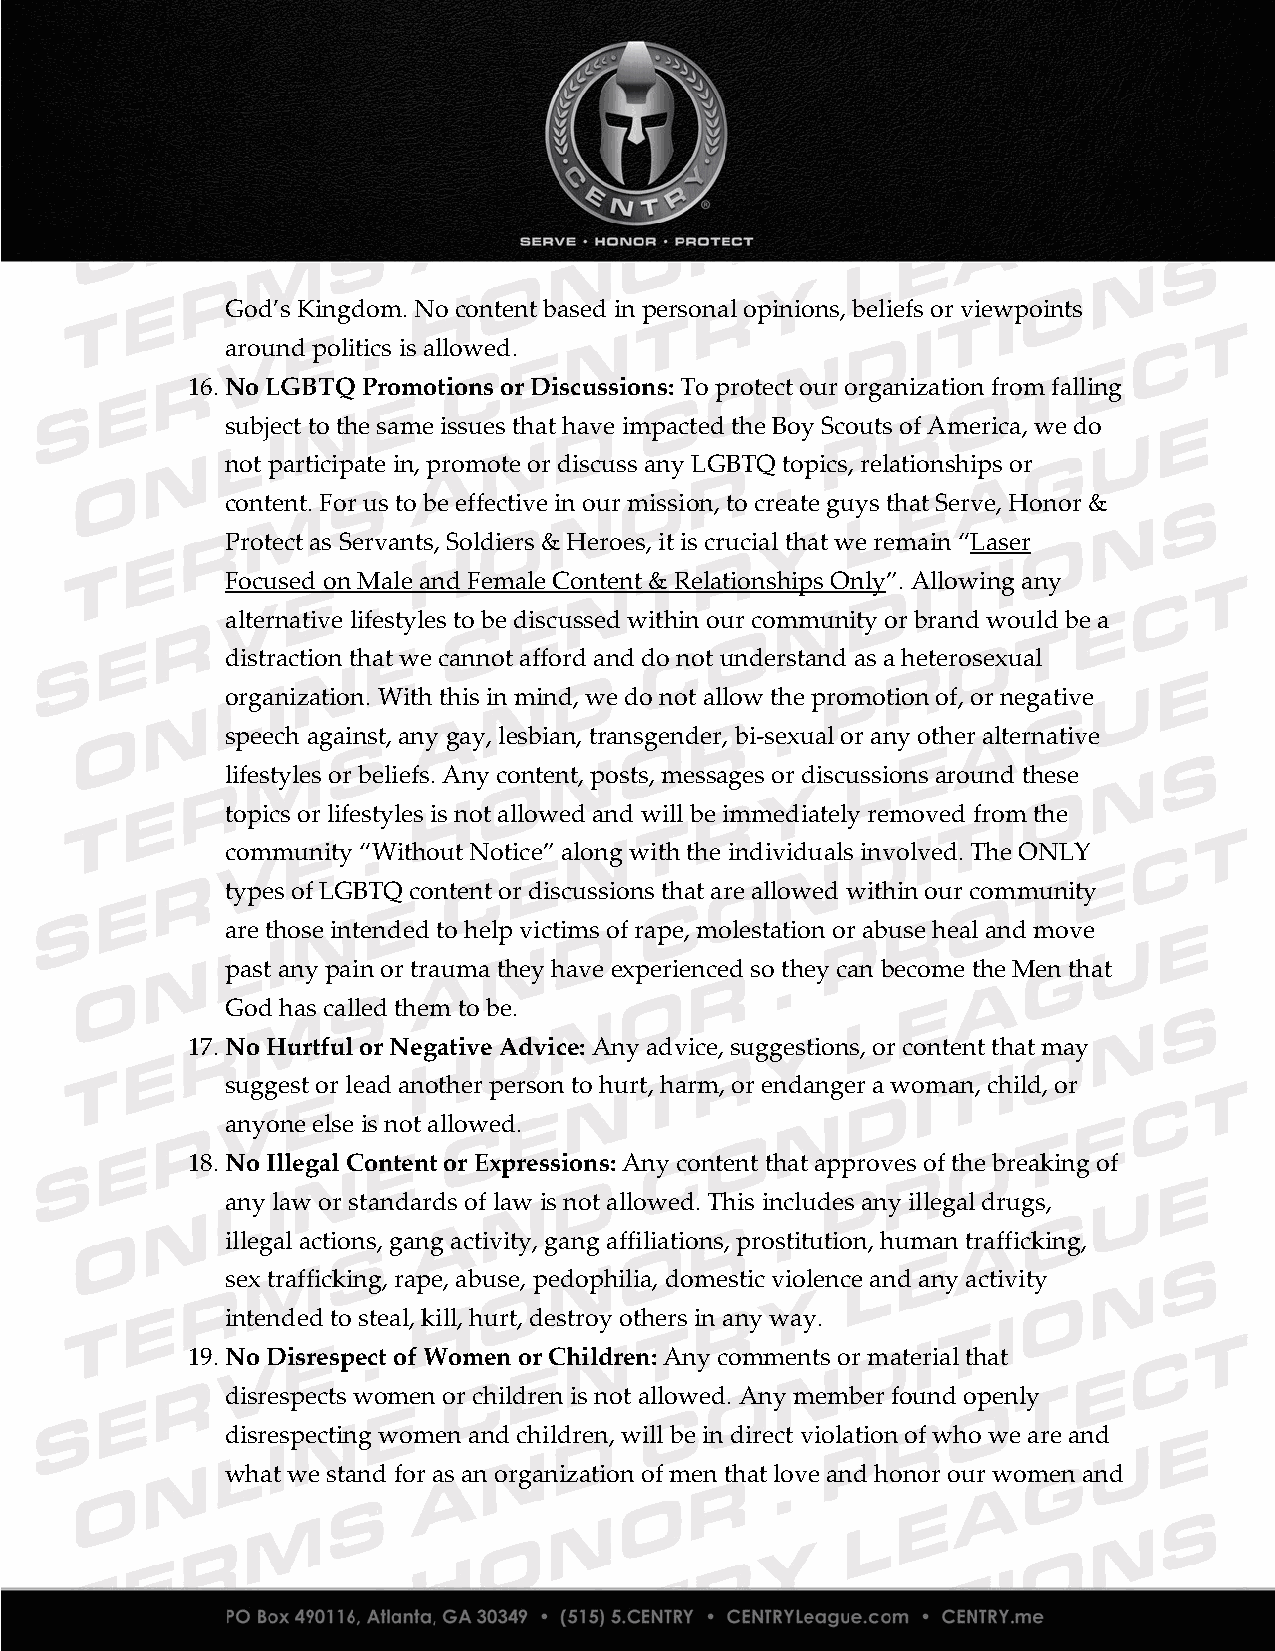
God’s Kingdom. No content based in personal opinions, beliefs or viewpoints
 around politics is allowed.
 16. No LGBTQ Promotions or Discussions: To protect our organization from falling
 subject to the same issues that have impacted the Boy Scouts of America, we do
 not participate in, promote or discuss any LGBTQ topics, relationships or
 content. For us to be effective in our mission, to create guys that Serve, Honor &
 Protect as Servants, Soldiers & Heroes, it is crucial that we remain “Laser
 Focused on Male and Female Content & Relationships Only”. Allowing any
 alternative lifestyles to be discussed within our community or brand would be a
 distraction that we cannot afford and do not understand as a heterosexual
 organization. With this in mind, we do not allow the promotion of, or negative
 speech against, any gay, lesbian, transgender, bi-sexual or any other alternative
 lifestyles or beliefs. Any content, posts, messages or discussions around these
 topics or lifestyles is not allowed and will be immediately removed from the
 community “Without Notice” along with the individuals involved. The ONLY
 types of LGBTQ content or discussions that are allowed within our community
 are those intended to help victims of rape, molestation or abuse heal and move
 past any pain or trauma they have experienced so they can become the Men that
 God has called them to be.
 17. No Hurtful or Negative Advice: Any advice, suggestions, or content that may
 suggest or lead another person to hurt, harm, or endanger a woman, child, or
 anyone else is not allowed.
 18. No Illegal Content or Expressions: Any content that approves of the breaking of
 any law or standards of law is not allowed. This includes any illegal drugs,
 illegal actions, gang activity, gang affiliations, prostitution, human trafficking,
 sex trafficking, rape, abuse, pedophilia, domestic violence and any activity
 intended to steal, kill, hurt, destroy others in any way.
 19. No Disrespect of Women or Children: Any comments or material that
 disrespects women or children is not allowed. Any member found openly
 disrespecting women and children, will be in direct violation of who we are and
 what we stand for as an organization of men that love and honor our women and